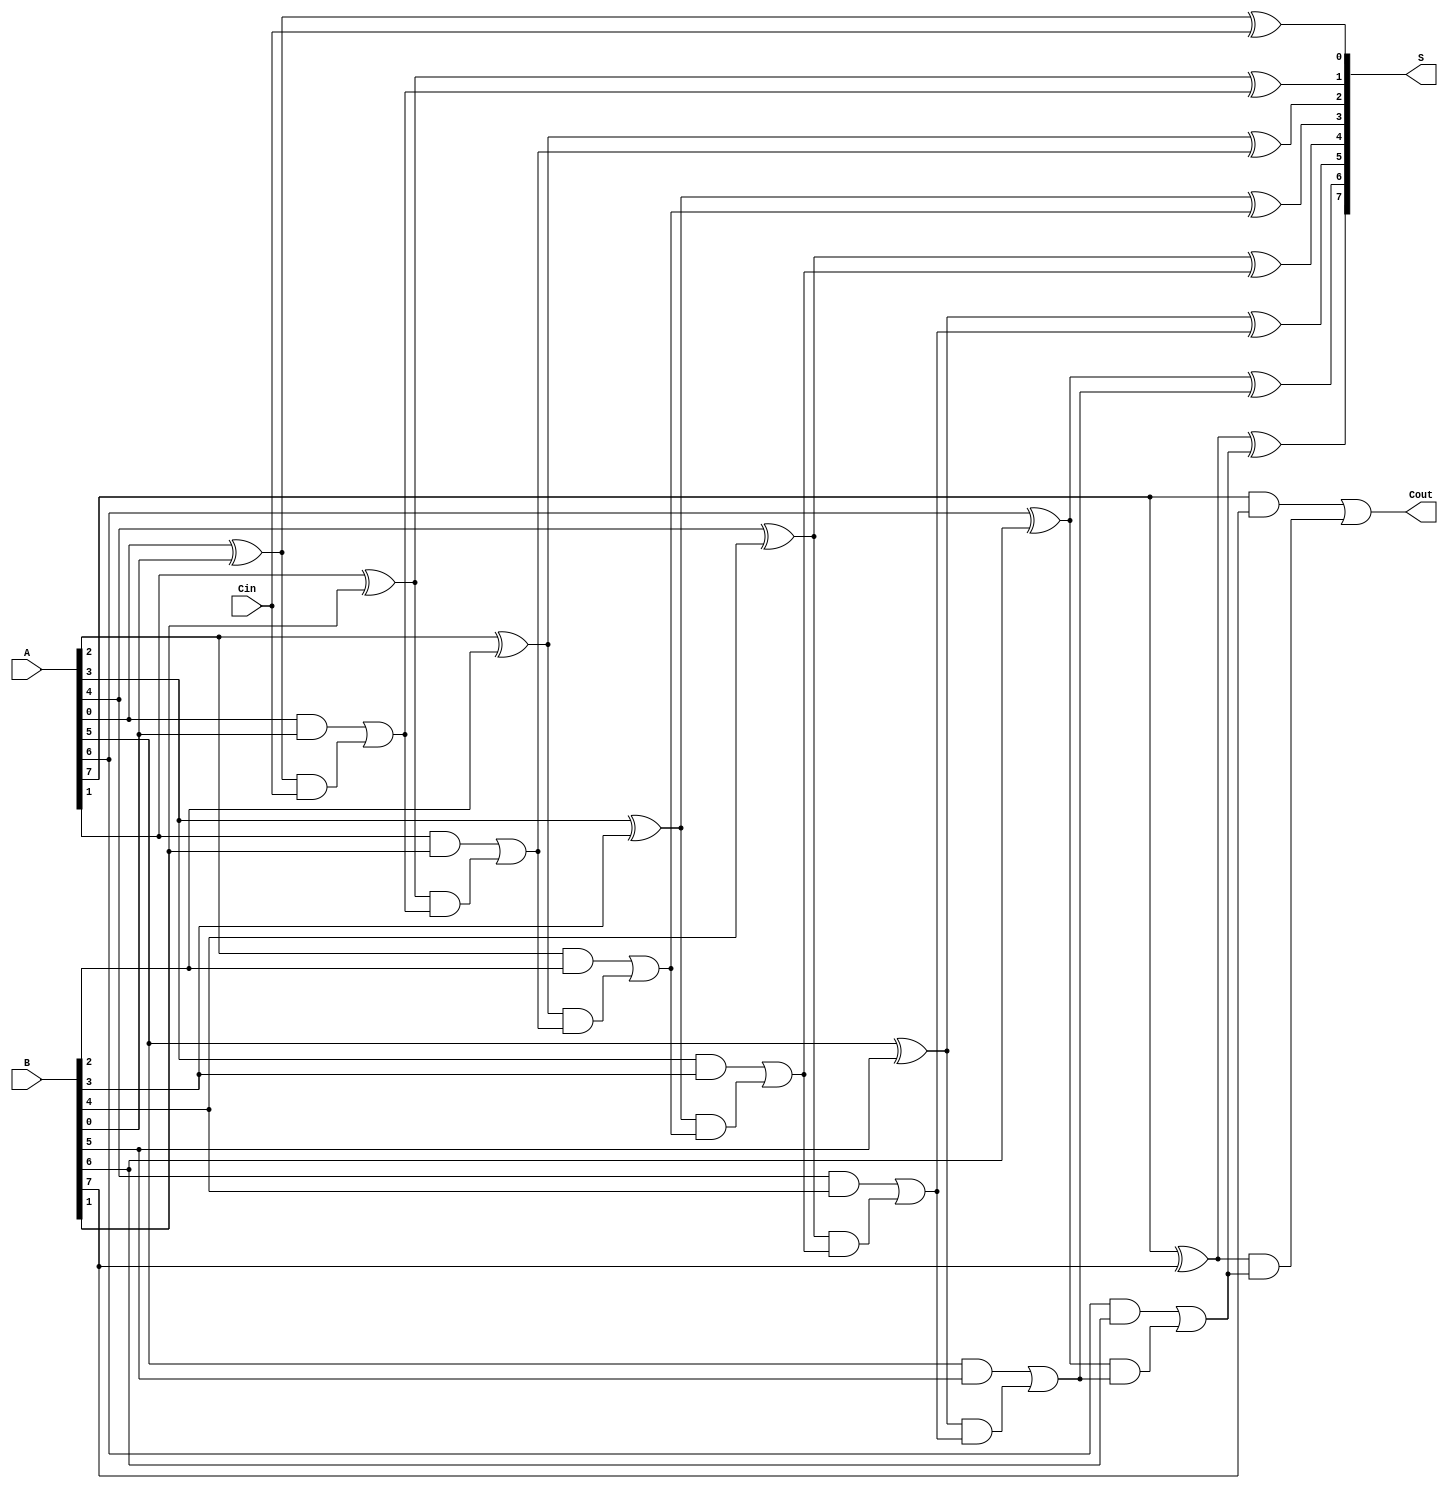
module ManchesterCarryChainAdder #(
    parameter WIDTH = 8  // Default bit-width is 8
) (
    input  wire [WIDTH-1:0] A,      // First operand
    input  wire [WIDTH-1:0] B,      // Second operand
    input  wire Cin,                 // Carry input
    output wire [WIDTH-1:0] S,       // Sum output
    output wire Cout                 // Carry output
);

    // Internal signals for carry generation
    wire [WIDTH:0] carry; // Carry signals, one extra for overflow

    // Generate carry signals
    assign carry[0] = Cin; // Initial carry in

    genvar i;
    generate
        for (i = 0; i < WIDTH; i = i + 1) begin : carry_gen
            // Carry generation logic
            wire P = A[i] ^ B[i]; // Propagate
            wire G = A[i] & B[i]; // Generate

            // Carry for the next stage
            assign carry[i + 1] = G | (P & carry[i]);
        end
    endgenerate

    // Sum calculation using carry signals
    generate
        for (i = 0; i < WIDTH; i = i + 1) begin : sum_calc
            assign S[i] = A[i] ^ B[i] ^ carry[i]; // Sum calculation
        end
    endgenerate

    // Final carry out
    assign Cout = carry[WIDTH];

endmodule